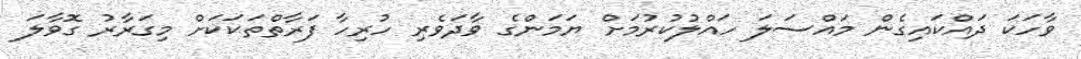
ވާހަކަ ދައްކައިގެން މަައްސަލަ ހައްލުކުރުމަށް ޔަމަންގެ ވާދަވެރި ހުރިހާ ފަރާތްތަކަކަށް މިގަރާރު ގޮވާލަ